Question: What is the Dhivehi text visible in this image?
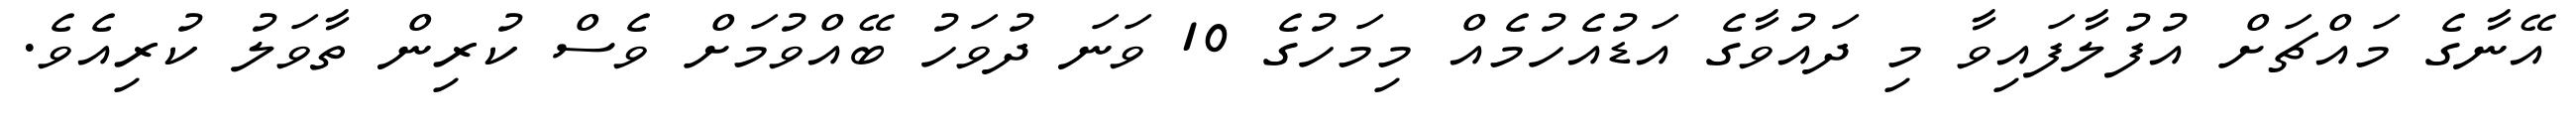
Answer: އޭނާގެ މައްޗަށް އުފުލާފައިވާ މި ދައުވާގެ އަޑުއެހުމެއް މިމަހުގެ 10 ވަނަ ދުވަހު ބޭއްވުމަށް ވެސް ކުރިން ތާވަލު ކުރިއެވެ.